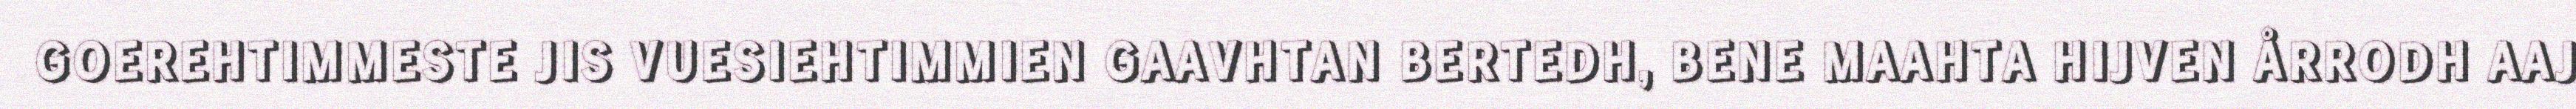
GOEREHTIMMESTE JIS VUESIEHTIMMIEN GAAVHTAN BERTEDH, BENE MAAHTA HIJVEN ÅRRODH AAJ